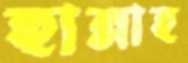
হান্নাহ